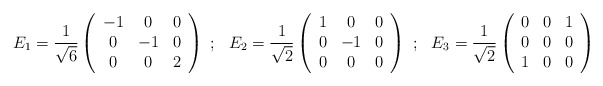
\begin{align*}E_1=\frac{1}{\sqrt{6}}\left(\begin{array}{ccc} -1&0&0\\ 0&-1&0\\ 0&0&2\end{array}\right)~;~~E_2=\frac{1}{\sqrt{2}}\left(\begin{array}{ccc} 1&0&0\\ 0&-1&0\\0&0&0\end{array}\right)~;~~E_3=\frac{1}{\sqrt{2}}\left(\begin{array}{ccc} 0&0&1\\ 0&0&0\\1&0&0\end{array}\right)\end{align*}